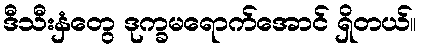
ဒီသီးနှံတွေ ဒုက္ခမရောက်အောင် ရှိတယ်။